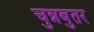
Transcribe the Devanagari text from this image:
चुन्नबुतर